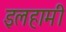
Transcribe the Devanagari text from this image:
इलहामी